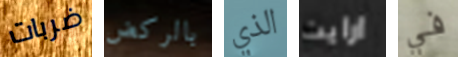
ضربات بالركض الذي ارايت في